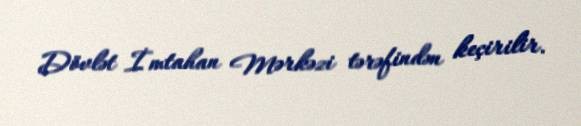
Dövlət İmtahan Mərkəzi tərəfindən keçirilir.